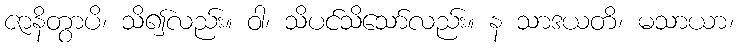
ဇာနိတွာပိ၊ သိ၍လည်း။ ဝါ၊ သိပင်သိသော်လည်း။ န သာဒယတိ၊ မသာယာ၊